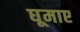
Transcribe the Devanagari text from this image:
घूमाए